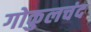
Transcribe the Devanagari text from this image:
गोकुलचंद